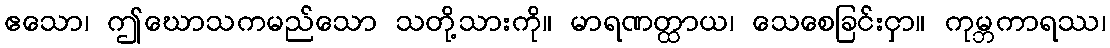
ဧသော၊ ဤဃောသကမည်သော သတို့သားကို။ မာရဏတ္ထာယ၊ သေစေခြင်းငှာ။ ကုမ္ဘကာရဿ၊